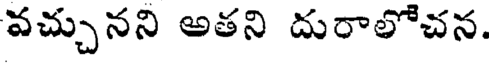
వచ్చునని అతని దురాలోచన.